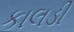
કાલડી